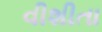
વીશીતા